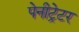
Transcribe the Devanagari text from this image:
पेनीट्रेटर